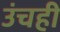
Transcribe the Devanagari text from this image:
उंचही